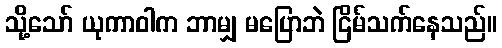
သို့သော် ယုကာဝါက ဘာမျှ မပြောဘဲ ငြိမ်သက်နေသည်။